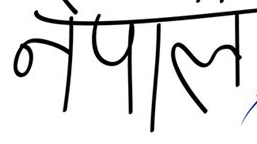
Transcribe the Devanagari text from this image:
नेपाल